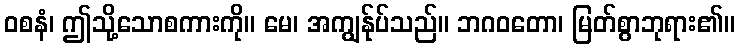
ဝစနံ၊ ဤသို့သောစကားကို။ မေ၊ အကျွန်ုပ်သည်။ ဘဂဝတော၊ မြတ်စွာဘုရား၏။